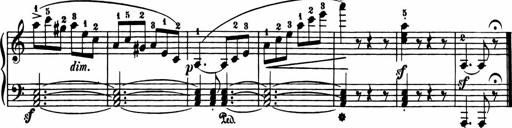
Title: 11 Sonatinas for Piano Solo
Composer: Anton Diabelli